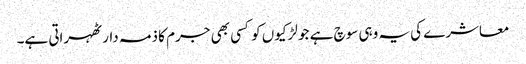
معاشرے کی یہ وہی سوچ ہے جو لڑکیوں کو کسی بھی جرم کا ذمہ دار ٹھہراتی ہے۔